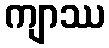
ကျာဿ